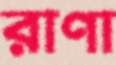
রাণা